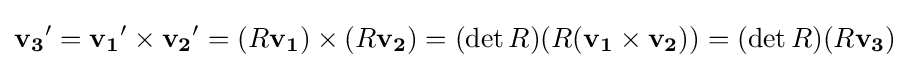
\mathbf {v_{3}} '=\mathbf {v_{1}} '\times \mathbf {v_{2}} '=(R\mathbf {v_{1}} )\times (R\mathbf {v_{2}} )=(\det R)(R(\mathbf {v_{1}} \times \mathbf {v_{2}} ))=(\det R)(R\mathbf {v_{3}} )